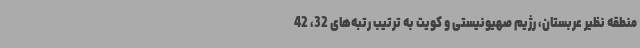
منطقه نظیر عربستان، رژیم صهیونیستی و کویت به ترتیب رتبه‌های 32، 42